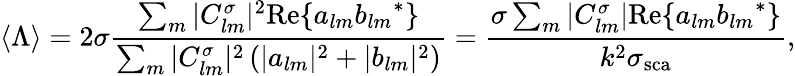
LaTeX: {\langle\Lambda\rangle}=2\sigma\frac{\sum_{m}|C_{lm}^{\sigma}|^{2}\mathrm{Re}\{ a_{lm}{b_{lm}}^{*}\} }{\sum_{m}|C_{lm}^{\sigma}|^{2}\left(|a_{lm}|^{2}+|b_{lm}|^{2}\right)}=\frac{\sigma\sum_{m}|C_{lm}^{\sigma}|\mathrm{Re}\{ a_{lm}{b_{lm}}^{*}\} }{k^{2}\sigma_{\mathrm{{sca}}}},